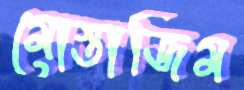
মোস্তাজিম